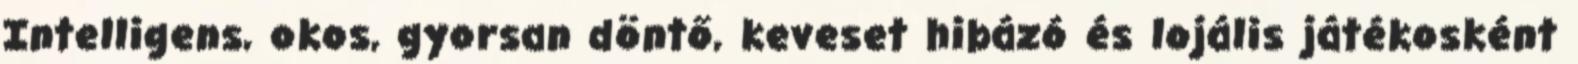
Intelligens, okos, gyorsan döntő, keveset hibázó és lojális játékosként